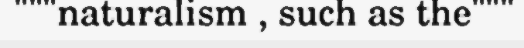
"""naturalism , such as the"""